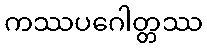
ကဿပဂေါတ္တဿ